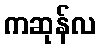
ကဆုန်လ